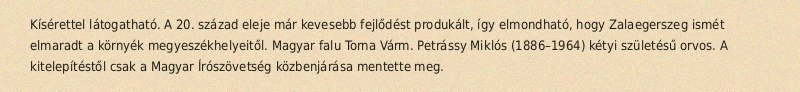
Kísérettel látogatható. A 20. század eleje már kevesebb fejlődést produkált, így elmondható, hogy Zalaegerszeg ismét elmaradt a környék megyeszékhelyeitől. Magyar falu Torna Várm. Petrássy Miklós (1886–1964) kétyi születésű orvos. A kitelepítéstől csak a Magyar Írószövetség közbenjárása mentette meg.